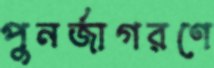
পুনর্জাগরণে